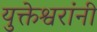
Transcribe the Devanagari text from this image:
युक्तेश्वरांनी